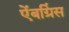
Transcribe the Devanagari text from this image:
ऐंबग्रिंस